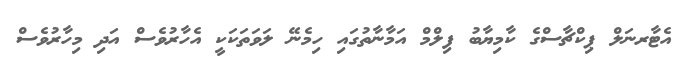
އެޓާރނަލް ޕިކްޗާސްގެ ކާމިޔާބު ފިލްމް އަމާނާތުގައި ހިމެނޭ ލަވަތަކަކީ އެހާރުވެސް އަދި މިހާރުވެސް